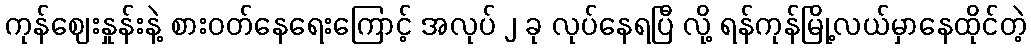
ကုန်ဈေးနှုန်းနဲ့ စားဝတ်နေရေးကြောင့် အလုပ် ၂ ခု လုပ်နေရပြီ လို့ ရန်ကုန်မြို့လယ်မှာနေထိုင်တဲ့